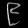
Digit: ၉